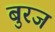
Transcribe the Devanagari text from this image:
बुरज